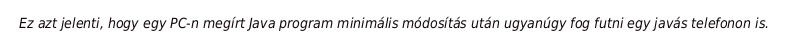
Ez azt jelenti, hogy egy PC-n megírt Java program minimális módosítás után ugyanúgy fog futni egy javás telefonon is.